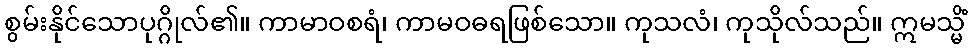
စွမ်းနိုင်သောပုဂ္ဂိုလ်၏။ ကာမာဝစရံ၊ ကာမဝဓရဖြစ်သော။ ကုသလံ၊ ကုသိုလ်သည်။ ဣမသ္မိံ